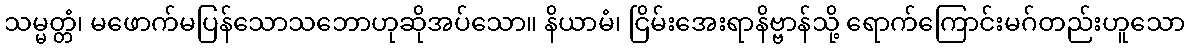
သမ္မတ္တံ၊ မဖောက်မပြန်သောသဘောဟုဆိုအပ်သော။ နိယာမံ၊ ငြိမ်းအေးရာနိဗ္ဗာန်သို့ ရောက်ကြောင်းမဂ်တည်းဟူသော